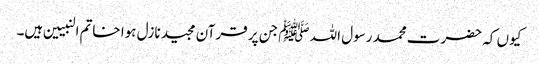
کیوں کہ حضرت محمد رسول اللہ ﷺ جن پر قرآن مجید نازل ہوا خاتم النبیین ہیں۔